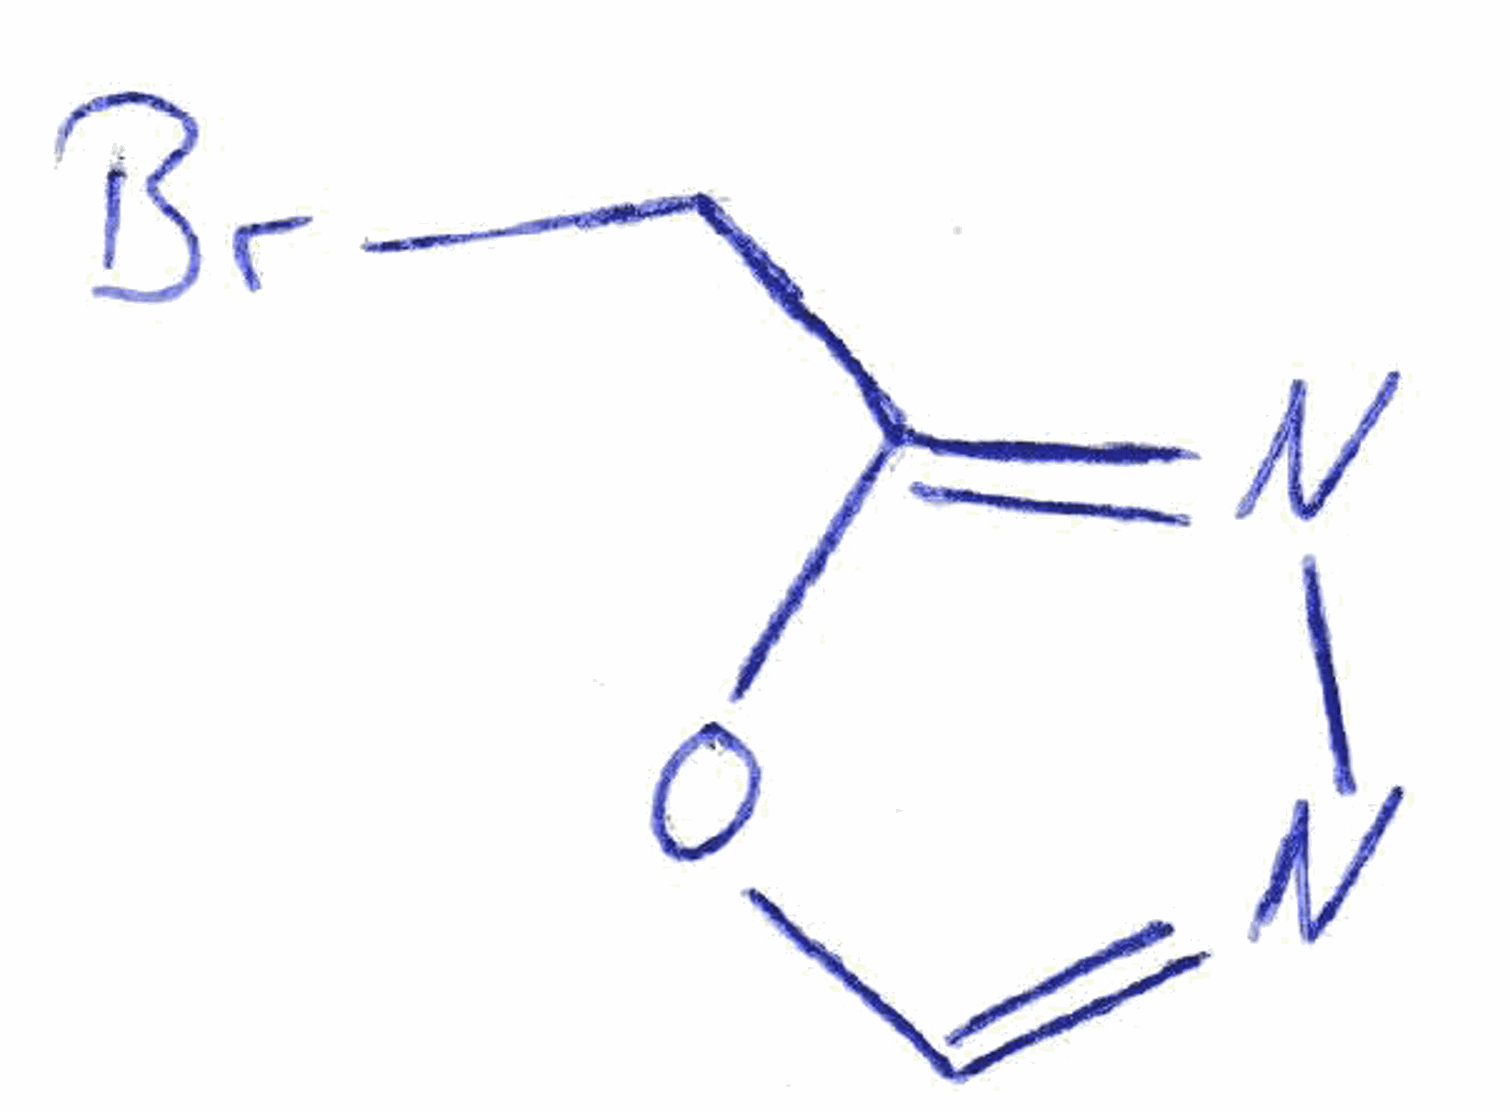
Simplified molecular-input line-entry system (SMILES) notation of the given molecule:
C1=NN=C(O1)CBr